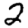
Digit: 2